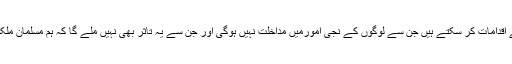
وہ کہتے ہیں’’ہم بہت سے اقدامات کر سکتے ہیں جن سے لوگوں کے نجی امورمیں مداخلت نہیں ہوگی اور جن سے یہ تاثر بھی نہیں ملے گا کہ ہم مسلمان ملکوں کو نشانہ بنا رہے ہیں۔